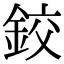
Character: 鉸